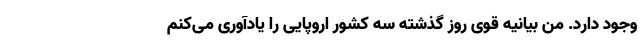
وجود دارد. من بیانیه قوی روز گذشته سه کشور اروپایی را یادآوری می‌کنم